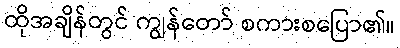
ထိုအချိန်တွင် ကျွန်တော် စကားစပြော၏။